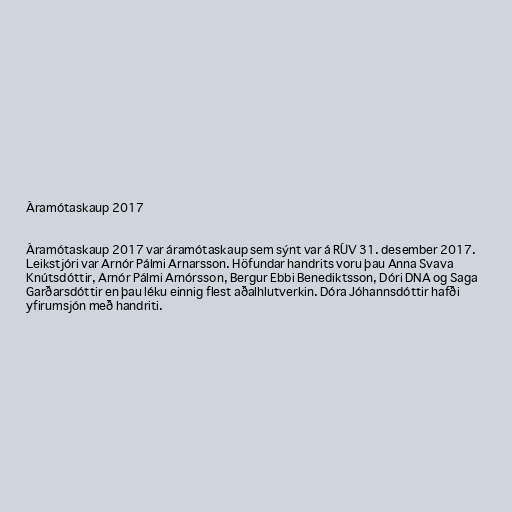
Áramótaskaup 2017

Áramótaskaup 2017 var áramótaskaup sem sýnt var á RÚV 31. desember 2017.
Leikstjóri var Arnór Pálmi Arnarsson. Höfundar handrits voru þau Anna Svava
Knútsdóttir, Arnór Pálmi Arnórsson, Bergur Ebbi Benediktsson, Dóri DNA og Saga
Garðarsdóttir en þau léku einnig flest aðalhlutverkin. Dóra Jóhannsdóttir hafði
yfirumsjón með handriti.